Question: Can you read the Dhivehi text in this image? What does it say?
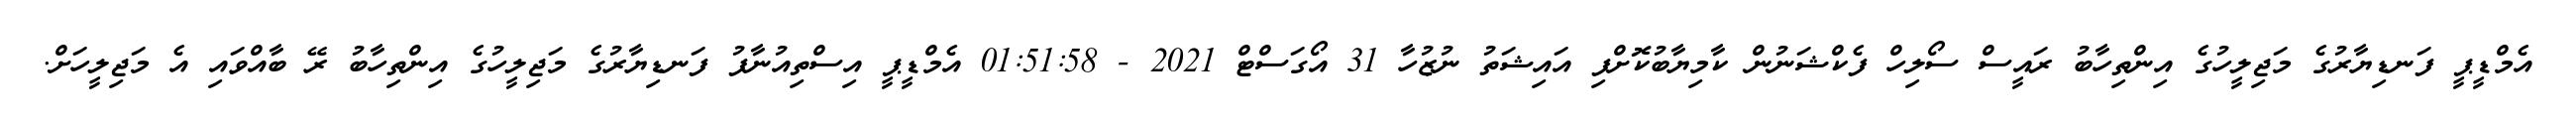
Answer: އެމްޑީޕީ ފަނޑިޔާރުގެ މަޖިލީހުގެ އިންތިހާބު ރައީސް ސޯލިހް ފެކްޝަނުން ކާމިޔާބުކޮށްފި އައިޝަތު ނުޒުހާ 31 އޯގަސްޓް 2021 - 01:51:58 އެމްޑީޕީ އިސްތިއުނާފު ފަނޑިޔާރުގެ މަޖިލީހުގެ އިންތިހާބު ރޭ ބާއްވައި އެ މަޖިލީހަށް.